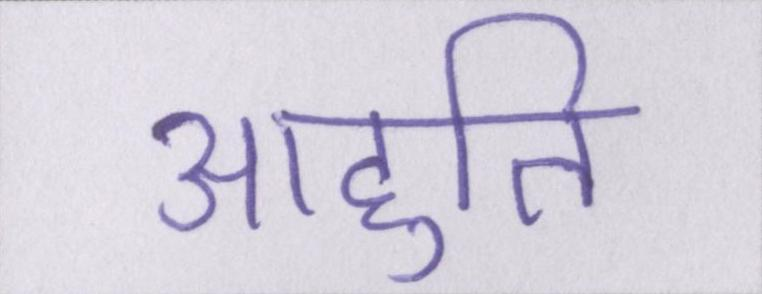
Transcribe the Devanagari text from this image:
आहुति